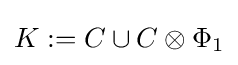
K:=C\cup C\otimes \Phi _{1}